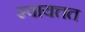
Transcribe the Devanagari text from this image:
स्वायत्तत